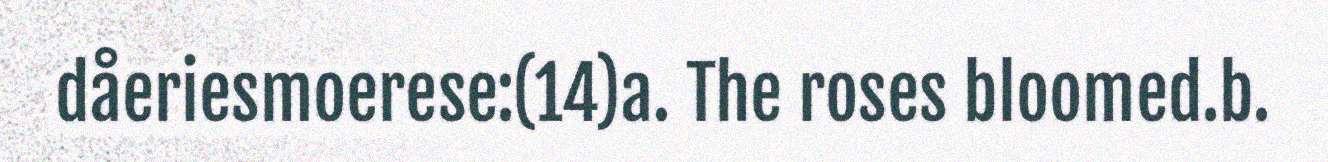
dåeriesmoerese:(14)a. The roses bloomed.b.